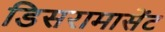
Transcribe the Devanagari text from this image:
डिसरामासेंट